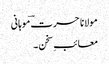
مولانا حسرت ؔموہانی
معائبِ سخن ۔